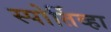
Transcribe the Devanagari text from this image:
स्पोर्तिव्हा